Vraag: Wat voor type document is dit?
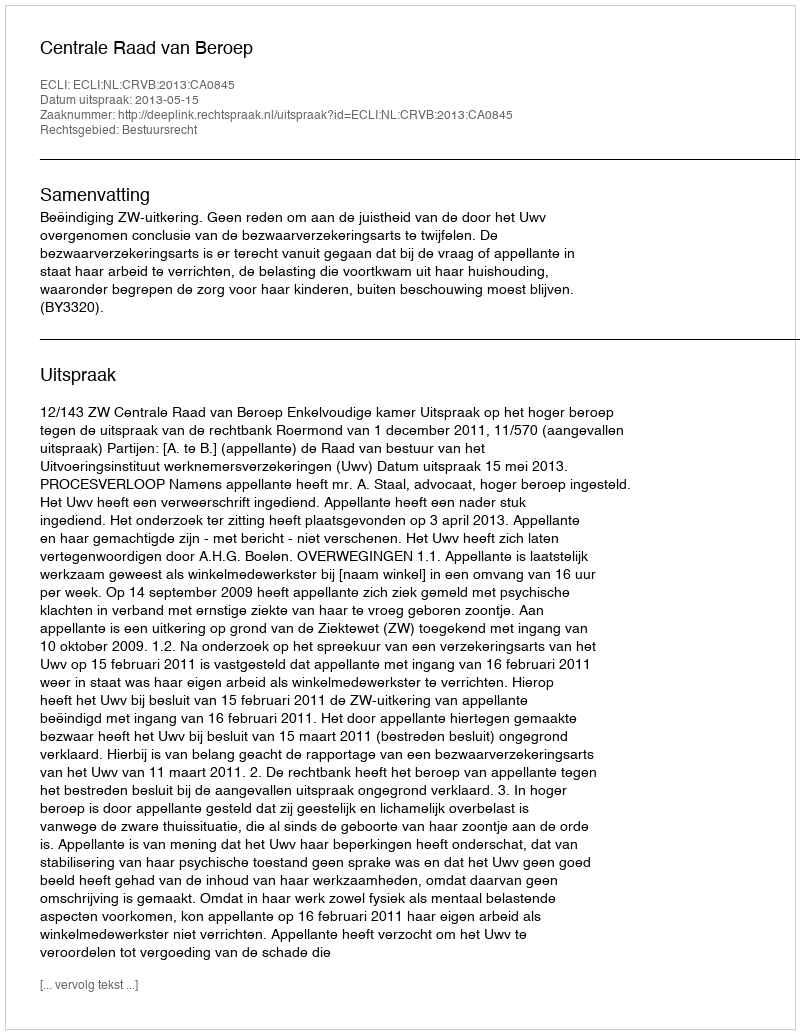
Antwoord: Uitspraak